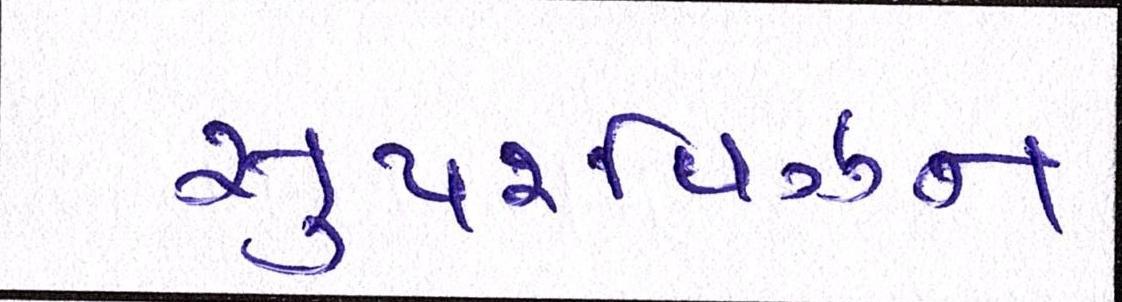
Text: સુપરવિઝન